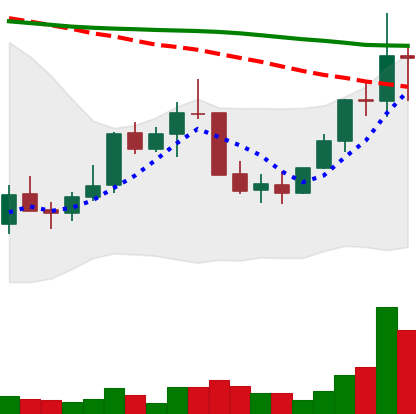
Ticker: LINK-USD
Chart end date: 2022-01-06
Forward return: 5.177%
Label: up_5_7